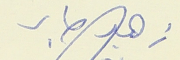
زهير صابر